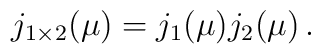
j_{1\times 2}(\mu )=j_{1}(\mu )j_{2}(\mu )\,.